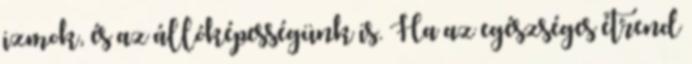
izmok, és az állóképességünk is. Ha az egészséges étrend